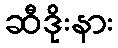
ဆီဒိုးနား